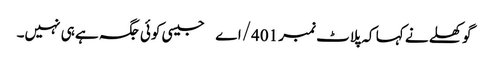
گوکھلے نے کہا کہ پلاٹ نمبر 401/اے جیسی کوئی جگہ ہے ہی نہیں۔